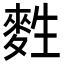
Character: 𪌜